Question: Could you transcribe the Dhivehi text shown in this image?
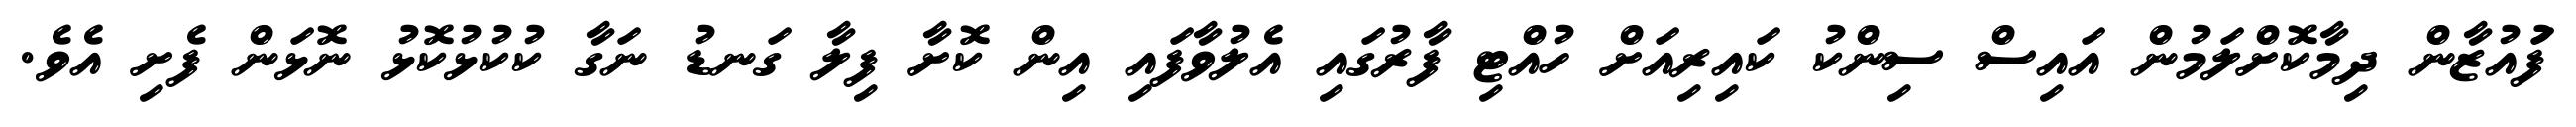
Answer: ފަުއުޒާން ދިމާކޮށްލަމުން އައިސް ސިންކު ކައިރިއަށް ހުއްޓި ފާރުގައި އެލުވާފައި އިން ކޮށާ ފިލާ ގަނޑު ނަގާ ކުކުޅުކޮޅު ނޮޅަން ފެށި އެވެ.